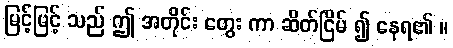
မြင့်မြင့် သည် ဤ အတိုင်း တွေး ကာ ဆိတ်ငြိမ် ၍ နေရ၏ ။